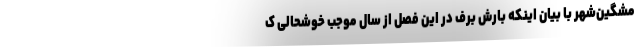
مشگین‌شهر با بیان اینکه بارش برف در این فصل از سال موجب خوشحالی ک